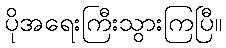
ပိုအရေးကြီးသွားကြပြီ။